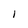
Character: l